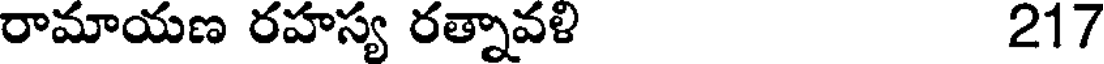
రామాయణ రహస్య రత్నావళి 217